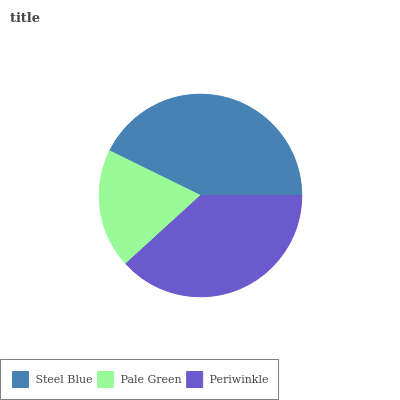
| Steel Blue | Pale Green | Periwinkle |
 | --- | --- | --- |
 | 42.8% | 19.1% | 38.2% |